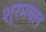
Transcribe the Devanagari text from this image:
श्रमबल